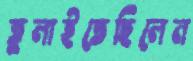
তুলাইতেছিলেন